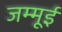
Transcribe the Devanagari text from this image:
जम्मूई